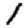
Digit: 1